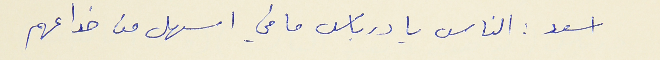
اسعد : الناس يا درباس ما في اسهل من خداعهم